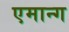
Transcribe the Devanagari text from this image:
एमान्ग